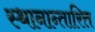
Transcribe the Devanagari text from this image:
स्थानान्तारित्त